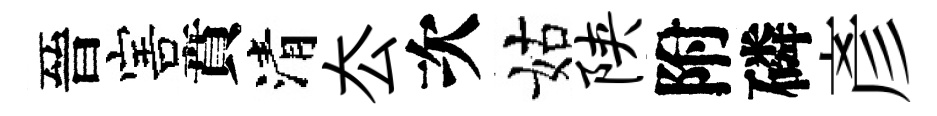
晉害賁清厺次姑陕附磷彥